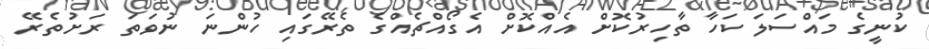
ކުނީގެ މައްސަލަ ކަހާ ތާހިރުކޮށް އެއްކޮށް އެގޯއްޗެއްގެ ތެރޭގައި ހުންނަ ނުވަތަ ރަށުތެރޭ